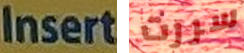
Insert سررت